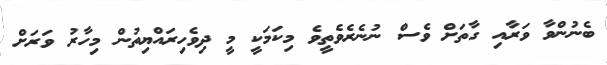
ބެނުންވާ ވަރާއި ގާތަށް ވެސް ނުނެރެވެތީވެ މިކަމަކީ މީ ދިވެހިރައްޔިތުން މިހާރު ވަރަށް